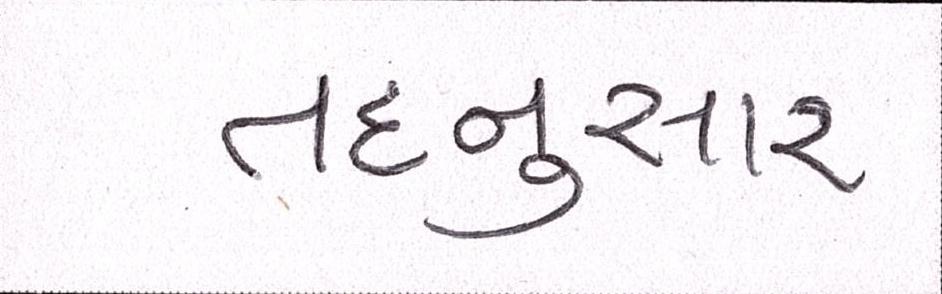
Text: તદનુસાર